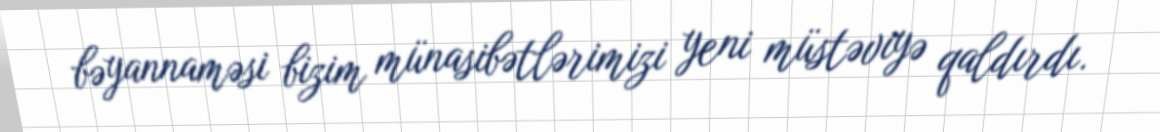
bəyannaməsi bizim münasibətlərimizi yeni müstəviyə qaldırdı.